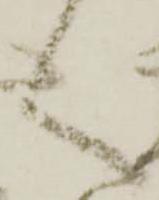
く